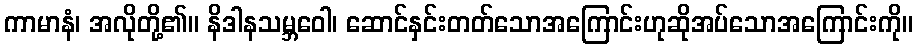
ကာမာနံ၊ အလိုတို့၏။ နိဒါနသမ္ဘဝေါ၊ ဆောင်နှင်းတတ်သောအကြောင်းဟုဆိုအပ်သောအကြောင်းကို။